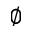
\varnothing